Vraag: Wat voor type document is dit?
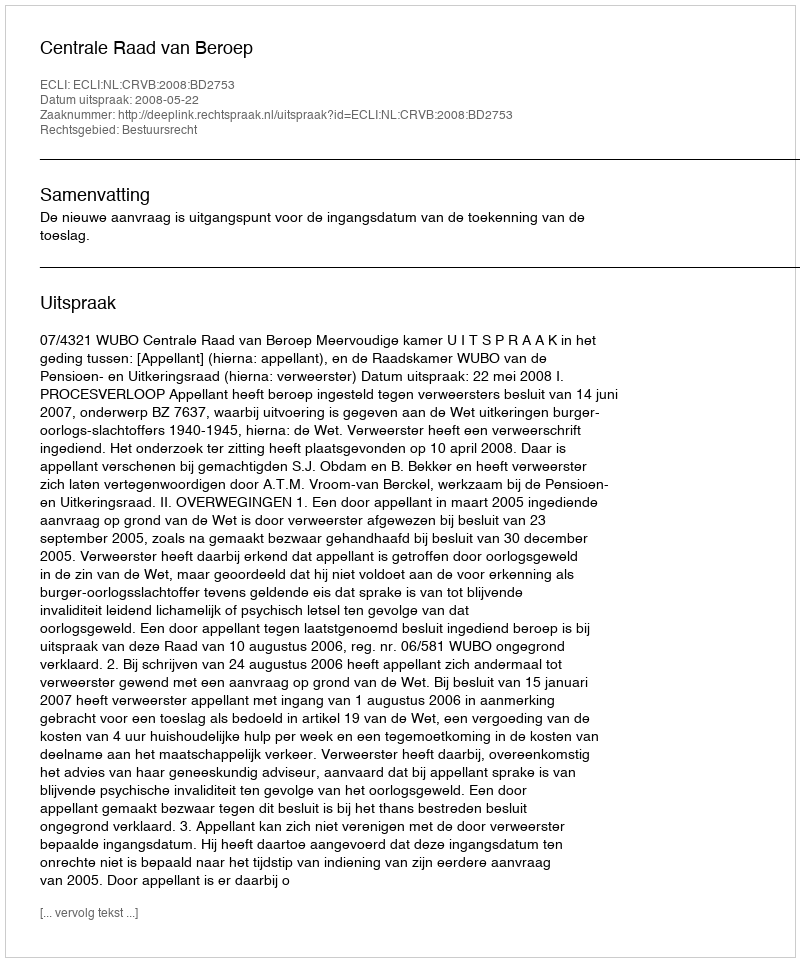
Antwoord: Uitspraak